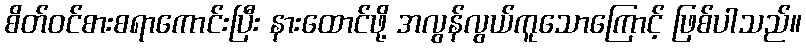
စိတ်ဝင်စားစရာကောင်းပြီး နားထောင်ဖို့ အလွန်လွယ်ကူသောကြောင့် ဖြစ်ပါသည်။